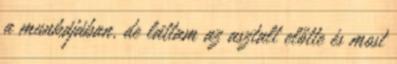
a munkájában, de láttam az asztalt előtte és most